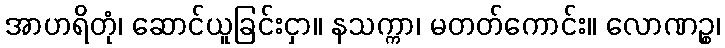
အာဟရိတုံ၊ ဆောင်ယူခြင်းငှာ။ နသက္ကာ၊ မတတ်ကောင်း။ လောဏဉ္စ၊